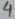
Text: 4